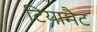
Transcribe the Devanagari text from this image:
टियामैट